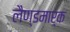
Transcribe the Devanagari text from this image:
लैण्‍डमार्क